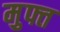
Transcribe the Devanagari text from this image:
म़ुफ्त